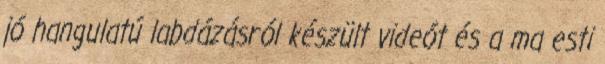
jó hangulatú labdázásról készült videót és a ma esti